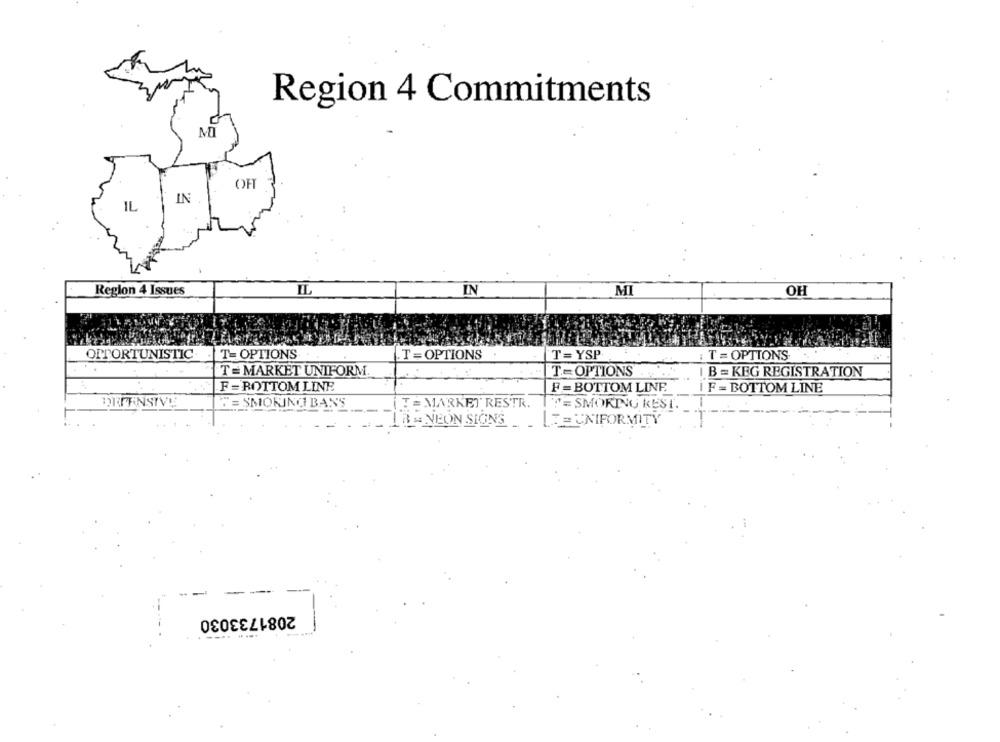
Region 4 Commitments
OF
IN
IL
IL
Region 4 Issues
IN
MI
OH
OPPORTUNISTIC. . T- OPTIONS
.T = OPTIONS
T= YSP
T = OPTIONS
T= OPTIONS
T= MARKET UNIFORM.
I B = KEG REGISTRATION
F = BOTTOM LINE
F =BOTTOM LINE.
IF = BOTTOM LINE
DORPENSIVE
WE SMOKING BANS
- MARKET RESTR.
= SMOKING REST.
RENEON SIGNS
3= UNIFORMITY
2081733030